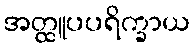
အတ္ထူပပရိက္ခာယ